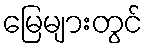
မြေများတွင်